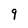
Character: 9